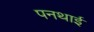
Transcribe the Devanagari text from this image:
पनथाई